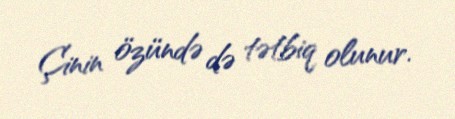
Çinin özündə də tətbiq olunur.